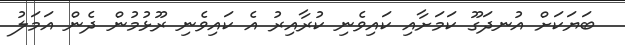
ބަޔަކަށް އުނދަގޫ ކަމަށާއި ކައިވެނި ކުރާއިރު އެ ކައިވެނި ރޫޅުމުން ދެން އަމަލު